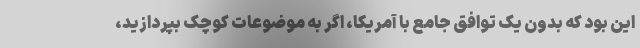
این بود که بدون یک توافق جامع با آمریکا، اگر به موضوعات کوچک بپردازید،